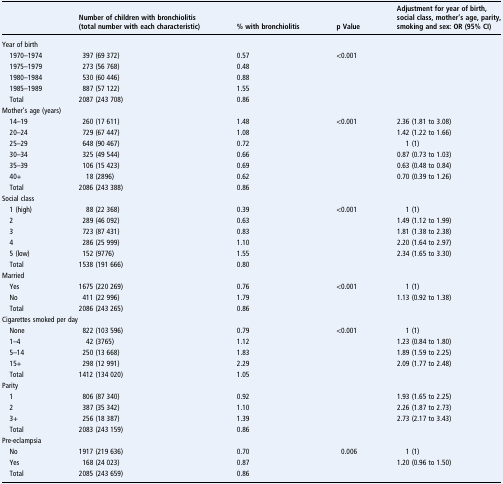
<table><thead><tr><td></td><td><b>Number of children with bronchiolitis (total number with each characteristic)</b></td><td><b>% with bronchiolitis</b></td><td><b>p Value</b></td><td><b>Adjustment for year of birth, social class, mother’s age, parity, smoking and sex: OR (95% CI)</b></td></tr></thead><tbody><tr><td colspan="5">Year of birth</td></tr><tr><td> 1970–1974</td><td>397 (69 372)</td><td>0.57</td><td>&lt;0.001</td><td></td></tr><tr><td> 1975–1979</td><td>273 (56 768)</td><td>0.48</td><td></td><td></td></tr><tr><td> 1980–1984</td><td>530 (60 446)</td><td>0.88</td><td></td><td></td></tr><tr><td> 1985–1989</td><td>887 (57 122)</td><td>1.55</td><td></td><td></td></tr><tr><td> Total</td><td>2087 (243 708)</td><td>0.86</td><td></td><td></td></tr><tr><td colspan="5">Mother&#x27;s age (years)</td></tr><tr><td> 14–19</td><td>260 (17 611)</td><td>1.48</td><td>&lt;0.001</td><td>2.36 (1.81 to 3.08)</td></tr><tr><td> 20–24</td><td>729 (67 447)</td><td>1.08</td><td></td><td>1.42 (1.22 to 1.66)</td></tr><tr><td> 25–29</td><td>648 (90 467)</td><td>0.72</td><td></td><td>1 (1)</td></tr><tr><td> 30–34</td><td>325 (49 544)</td><td>0.66</td><td></td><td>0.87 (0.73 to 1.03)</td></tr><tr><td> 35–39</td><td>106 (15 423)</td><td>0.69</td><td></td><td>0.63 (0.48 to 0.84)</td></tr><tr><td> 40+</td><td>18 (2896)</td><td>0.62</td><td></td><td>0.70 (0.39 to 1.26)</td></tr><tr><td> Total</td><td>2086 (243 388)</td><td>0.86</td><td></td><td></td></tr><tr><td colspan="5">Social class</td></tr><tr><td> 1 (high)</td><td>88 (22 368)</td><td>0.39</td><td>&lt;0.001</td><td>1 (1)</td></tr><tr><td> 2</td><td>289 (46 092)</td><td>0.63</td><td></td><td>1.49 (1.12 to 1.99)</td></tr><tr><td> 3</td><td>723 (87 431)</td><td>0.83</td><td></td><td>1.81 (1.38 to 2.38)</td></tr><tr><td> 4</td><td>286 (25 999)</td><td>1.10</td><td></td><td>2.20 (1.64 to 2.97)</td></tr><tr><td> 5 (low)</td><td>152 (9776)</td><td>1.55</td><td></td><td>2.34 (1.65 to 3.30)</td></tr><tr><td> Total</td><td>1538 (191 666)</td><td>0.80</td><td></td><td></td></tr><tr><td colspan="5">Married</td></tr><tr><td> Yes</td><td>1675 (220 269)</td><td>0.76</td><td>&lt;0.001</td><td>1 (1)</td></tr><tr><td> No</td><td>411 (22 996)</td><td>1.79</td><td></td><td>1.13 (0.92 to 1.38)</td></tr><tr><td> Total</td><td>2086 (243 265)</td><td>0.86</td><td></td><td></td></tr><tr><td colspan="5">Cigarettes smoked per day</td></tr><tr><td> None</td><td>822 (103 596)</td><td>0.79</td><td>&lt;0.001</td><td>1 (1)</td></tr><tr><td> 1–4</td><td>42 (3765)</td><td>1.12</td><td></td><td>1.23 (0.84 to 1.80)</td></tr><tr><td> 5–14</td><td>250 (13 668)</td><td>1.83</td><td></td><td>1.89 (1.59 to 2.25)</td></tr><tr><td> 15+</td><td>298 (12 991)</td><td>2.29</td><td></td><td>2.09 (1.77 to 2.48)</td></tr><tr><td> Total</td><td>1412 (134 020)</td><td>1.05</td><td></td><td></td></tr><tr><td colspan="5">Parity</td></tr><tr><td> 1</td><td>806 (87 340)</td><td>0.92</td><td></td><td>1.93 (1.65 to 2.25)</td></tr><tr><td> 2</td><td>387 (35 342)</td><td>1.10</td><td></td><td>2.26 (1.87 to 2.73)</td></tr><tr><td> 3+</td><td>256 (18 387)</td><td>1.39</td><td></td><td>2.73 (2.17 to 3.43)</td></tr><tr><td> Total</td><td>2083 (243 159)</td><td>0.86</td><td></td><td></td></tr><tr><td colspan="5">Pre-eclampsia</td></tr><tr><td> No</td><td>1917 (219 636)</td><td>0.70</td><td>0.006</td><td>1 (1)</td></tr><tr><td> Yes</td><td>168 (24 023)</td><td>0.87</td><td></td><td>1.20 (0.96 to 1.50)</td></tr><tr><td> Total</td><td>2085 (243 659)</td><td>0.86</td><td></td><td></td></tr></tbody></table>